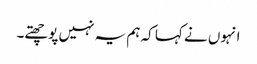
انہوں نے کہا کہ ہم یہ نہیں پوچھتے۔